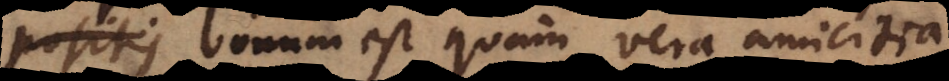
positis bonum est quam vera amicitia,